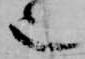
也